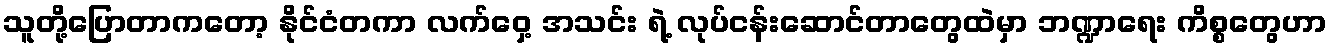
သူတို့ပြောတာကတော့ နိုင်ငံတကာ လက်ဝှေ့ အသင်း ရဲ့ လုပ်ငန်းဆောင်တာတွေထဲမှာ ဘဏ္ဍာရေး ကိစ္စတွေဟာ